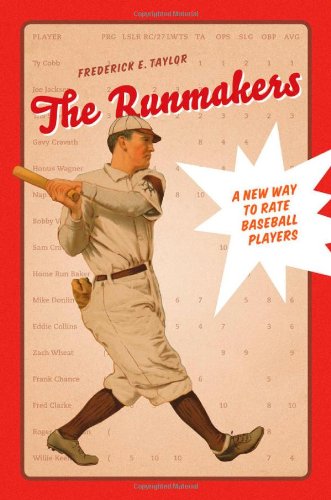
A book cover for The Runmakers: A New Way to Rate Baseball Players; Frederick E. Taylor; Sports & Outdoors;